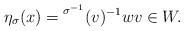
LaTeX: \begin{align*}\eta_\sigma(x) = \prescript{\sigma^{-1}}{}(v) ^{-1}wv\in W.\end{align*}